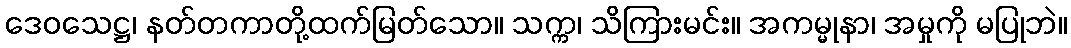
ဒေဝသေဋ္ဌ၊ နတ်တကာတို့ထက်မြတ်သော။ သက္က၊ သိကြားမင်း။ အကမ္မုနာ၊ အမှုကို မပြုဘဲ။